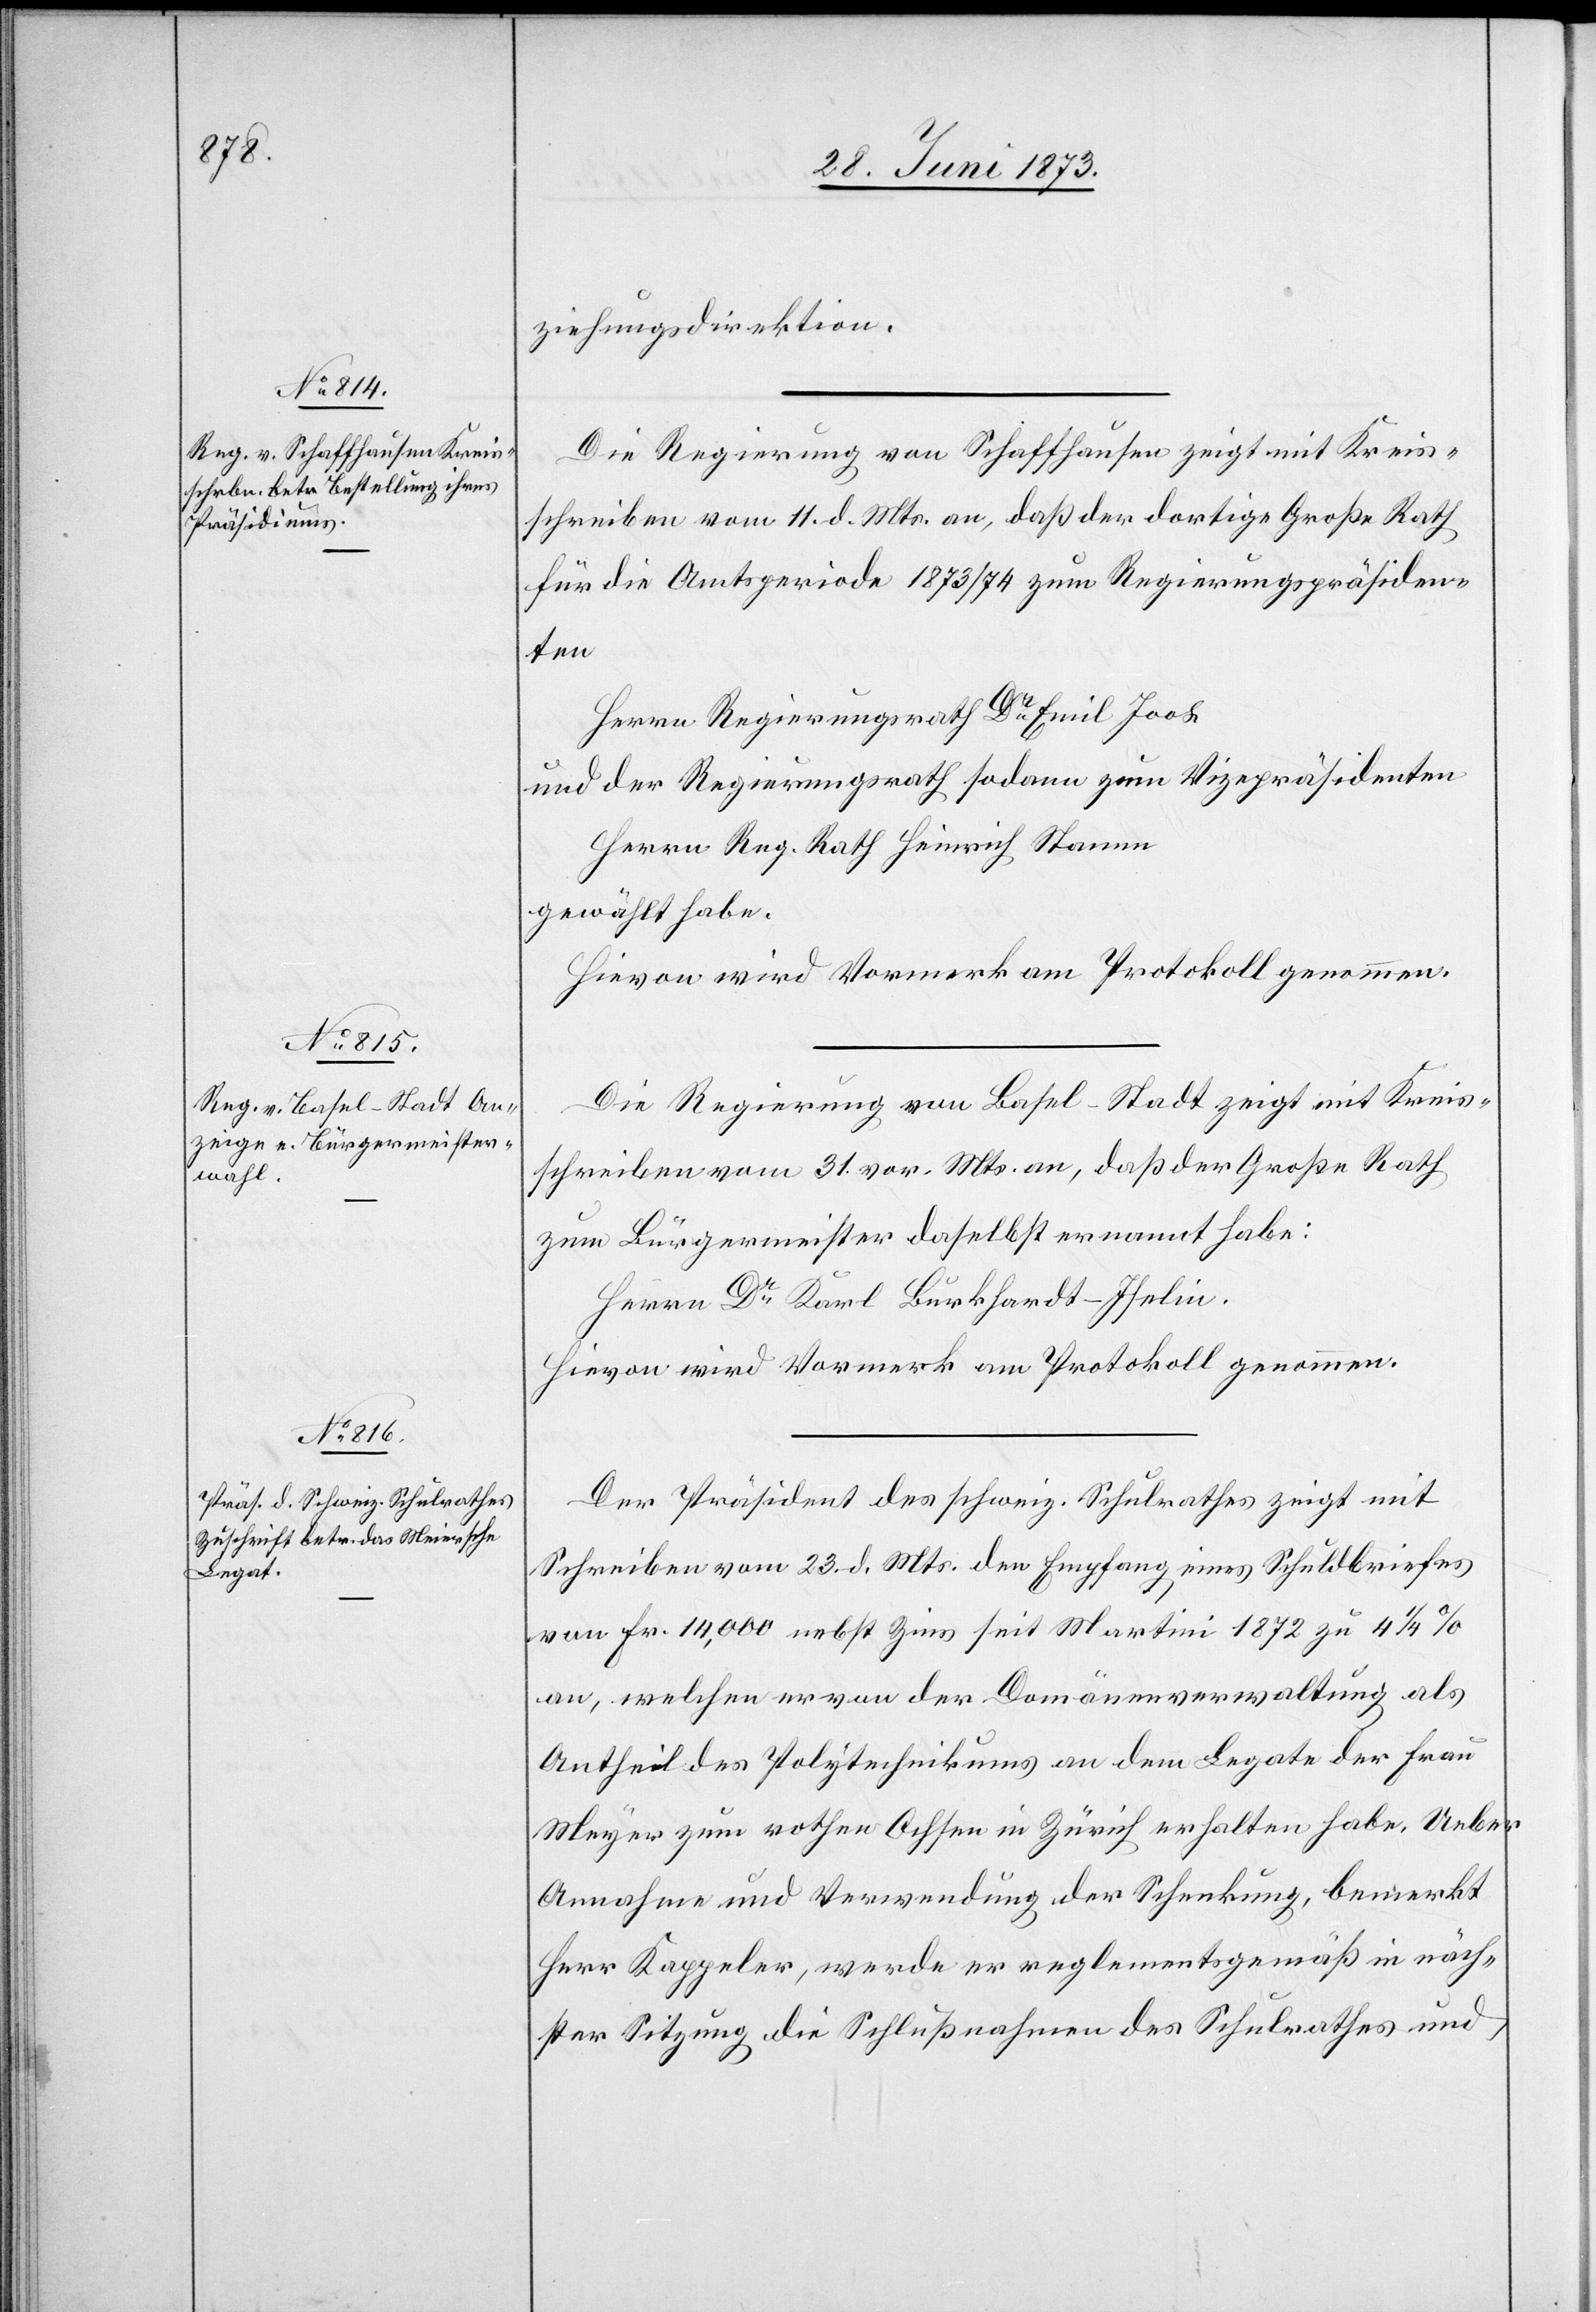
ziehungsdirektion.
Die Regierung von Schaffhausen zeigt mit Kreis¬
schreiben vom 11. d. Mts. an, daß der dortige Große Rath
für die Amtsperiode 1873/74 zum Regierungspräsiden¬
ten
Herrn Regierungsrath Dr Emil Joos
und der Regierungsrath sodann zum Vizepräsidenten
Herrn Reg. Rath Heinrich Stamm
gewählt habe.
Hievon wird Vormerk am Protokoll genommen.
Die Regierung von Basel-Stadt zeigt mit Kreis¬
schreiben vom 31. vor. Mts. an, daß der Große Rath
zum Bürgermeister daselbst ernannt habe:
Herrn Dr Karl Burkhardt-Iselin.
Hievon wird Vormerk am Protokoll genommen.
Der Präsident des schweiz. Schulrathes zeigt mit
Schreiben vom 23. d. Mts. den Empfang eines Schuldbriefes
von Fr. 14,000 nebst Zins seit Martini 1872 zu 4 1/4%
an, welchen er von der Domänenverwaltung als
Antheil des Polytechnikums an dem Legate der Frau
Meyer zum rothen Ochsen in Zürich erhalten habe. Ueber
Annahme und Verwendung der Schenkung, bemerkt
Herr Kappeler, werde er reglementsgemäß in näch¬
ster Sitzung die Schlußnahmen des Schulrathes und